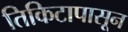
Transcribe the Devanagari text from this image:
तिकिटापासून